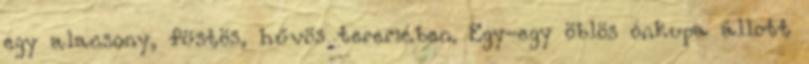
egy alacsony, füstös, hűvös teremében. Egy-egy öblös ónkupa állott